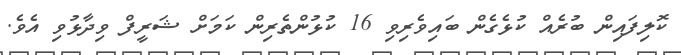
ކޮލިފައިން ބުރެއް ކުޅެގެން ބައިވެރިވި 16 ކުޅުންތެރިން ކަމަށް ޝަރީފް ވިދާޅުވި އެވެ.